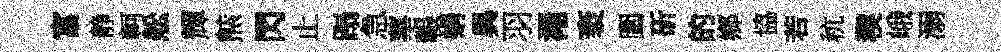
富静軻舩輝㷱閃止蹋急蕐韔娟異羽澠袤圍斫的鄉協若秔稧峨溺